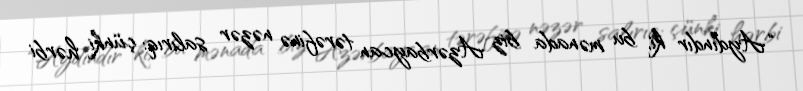
“Aydındır ki, bu mənada biz Azərbaycan tərəfinə nəzər salırıq: çünki hərbi